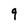
Character: 9